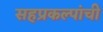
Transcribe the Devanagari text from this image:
सहप्रकल्पांची